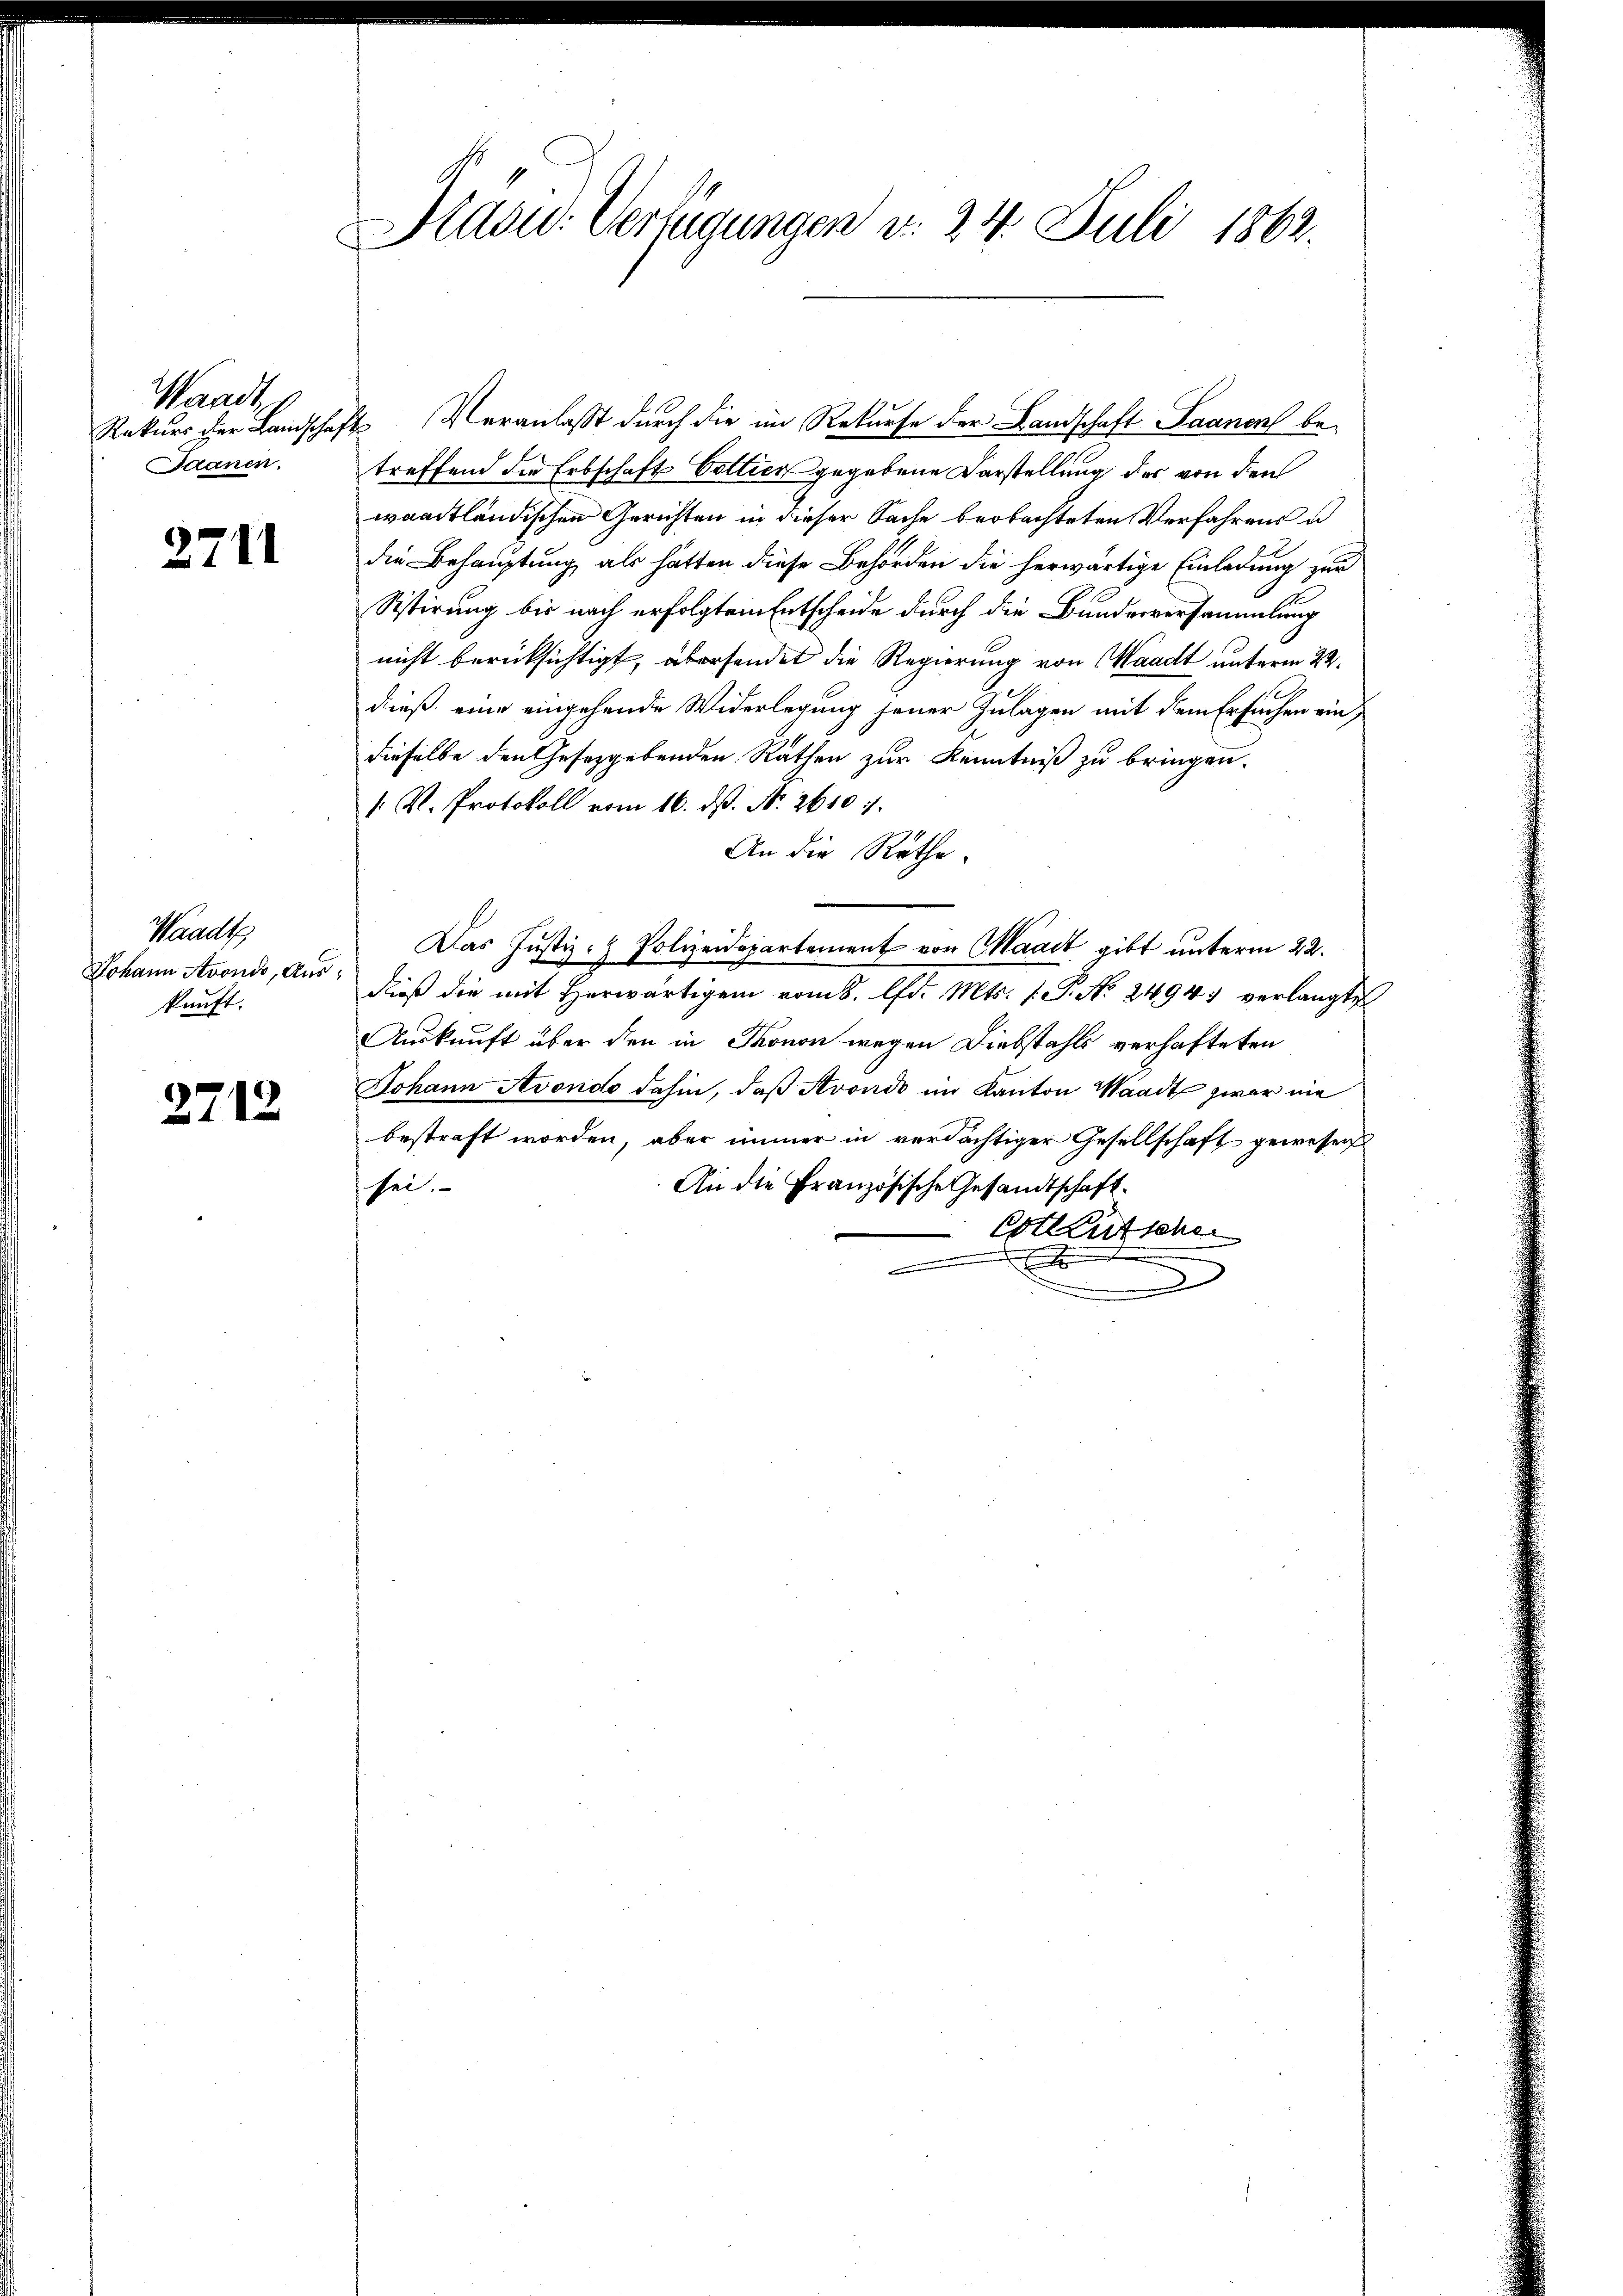
Waadt
Saanen.

2711

Waadt
Johann Avondo, Auskunft.

2712

Slasur: Verfügungen d. 24. Juli 1862.

Rekurs der Landschafts Veranlaßt durch die im Rekurse der Landschaft Saanen betreffend die Erbschaft Cottier gegebene Darstellung des von den
waadtländischen Gerichten in dieser Sache beobachteten Verfahrens u
die Behauptung als hätten diese Behörden die herwärtige Einladung zur
Sistirung bis nach erfolgtem Entscheide durch die Bundesversammlung
nicht berücksichtigt, abersendet die Regierung von Waadt unterm 22.
dieß eine eingehende Widerlegung jener Zulagen mit dem Ersuchen eindieselbe den Gesetzgebenden Räthen zur Kenntniß zu bringen.
/. R. Protokoll vom 16. ds. No. 2610 1/
An die Räthe.
Das Justiz- & Polizeidepartement von Waadt gibt unterm 22.
dieß die mit herwärtigen vom 8. lfd. Mts. 1. P. No 2494) verlangte
Auskunft über den in Thonon wegen Diebstahls verhafteten
Johann Avondo dahin, daß Avondo im Kanton Waadt zwar nie
bestraft worden, aber immer in verdächtiger Gesellschaft gewesen
An die Französische Gesandtschaft.
sei.
Cotleutscher